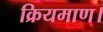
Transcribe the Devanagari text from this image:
क्रियमाण।